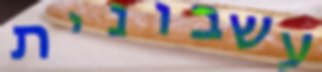
עשבונית